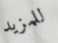
للمزيد